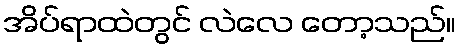
အိပ်ရာထဲတွင် လဲလေ တော့သည်။